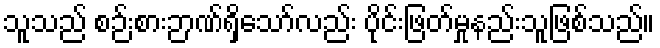
သူသည် စဉ်းစားဉာဏ်ရှိသော်လည်း ပိုင်းဖြတ်မှုနည်းသူဖြစ်သည်။